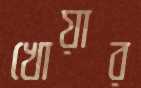
খোয়ার